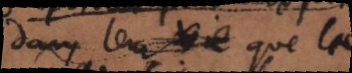
dans leur vie que la